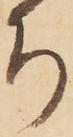
ち